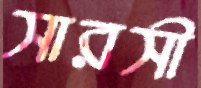
সারসী